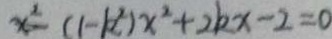
x ^ { 2 } - ( 1 - k ^ { 2 } ) x ^ { 2 } + 2 k x - 2 = 0